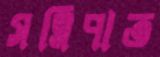
সন্নিপাত